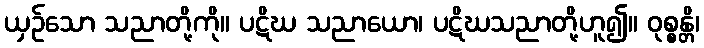
ယှဉ်သော သညာတို့ကို။ ပဋိဃ သညာယော၊ ပဋိဃသညာတို့ဟူ၍။ ဝုစ္စန္တိ၊